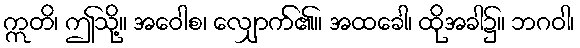
ဣတိ၊ ဤသို့။ အဝေါစ၊ လျှောက်၏။ အထခေါ၊ ထိုအခါ၌။ ဘဂဝါ၊